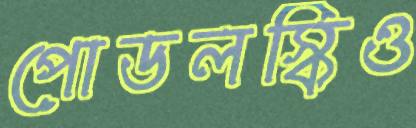
পোডলস্কিও